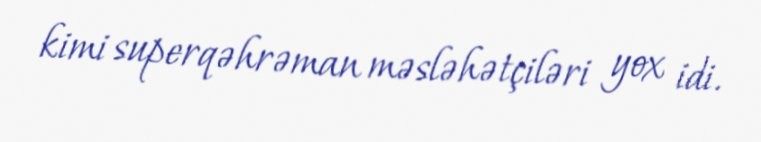
kimi superqəhrəman məsləhətçiləri yox idi.